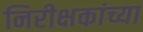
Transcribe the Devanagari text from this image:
निरीक्षकांच्या